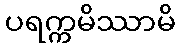
ပရက္ကမိဿာမိ